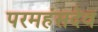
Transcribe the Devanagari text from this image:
परमहंसदेव